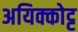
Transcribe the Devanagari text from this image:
अयिक्कोट्ट